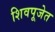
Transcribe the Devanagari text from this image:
शिवपूजेत